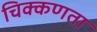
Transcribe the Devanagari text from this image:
चिक्कणता